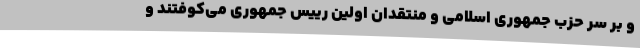
و بر سر حزب جمهوری اسلامی و منتقدان اولین رییس جمهوری می‌کوفتند و